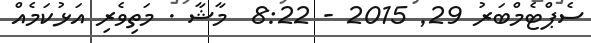
ސެޕްޓެމްބަރު 29